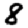
Digit: 8